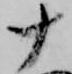
十